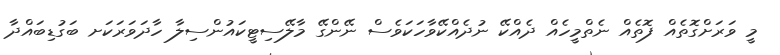
މީ ވަރަށްގޮތެއް ފޮތެއް ނެތްމީހެއް ދެއްކޭ ނުދެއްކޭވާހަކަވެސް ނޭންގޭ މާލޭސިޓީކައުންސިލާ ހާދަވަރަކަށ ބަގުޑިބައްދާ